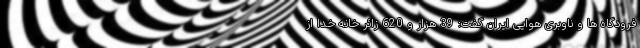
فرودگاه ها و ناوبری هوایی ایران گفت: 39 هزار و 620 زائر خانه خدا از